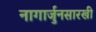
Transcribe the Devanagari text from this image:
नागार्जुनसारखी